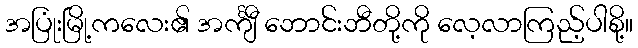
အပြုံးမြို့ကလေး၏ အင်္ကျီ ဘောင်းဘီတို့ကို လေ့လာကြည့်ပါစို့။